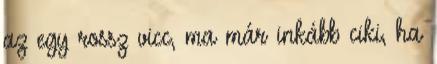
az egy rossz vicc, ma már inkább ciki, ha